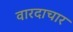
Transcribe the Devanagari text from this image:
वारदाचार